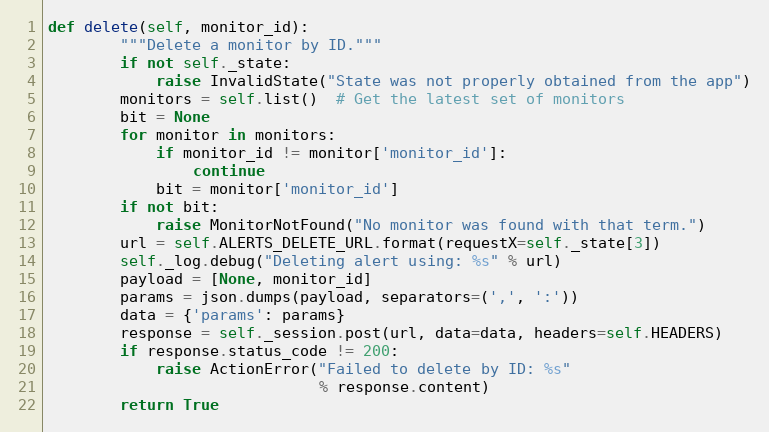
Language: Python
def delete(self, monitor_id):
        """Delete a monitor by ID."""
        if not self._state:
            raise InvalidState("State was not properly obtained from the app")
        monitors = self.list()  # Get the latest set of monitors
        bit = None
        for monitor in monitors:
            if monitor_id != monitor['monitor_id']:
                continue
            bit = monitor['monitor_id']
        if not bit:
            raise MonitorNotFound("No monitor was found with that term.")
        url = self.ALERTS_DELETE_URL.format(requestX=self._state[3])
        self._log.debug("Deleting alert using: %s" % url)
        payload = [None, monitor_id]
        params = json.dumps(payload, separators=(',', ':'))
        data = {'params': params}
        response = self._session.post(url, data=data, headers=self.HEADERS)
        if response.status_code != 200:
            raise ActionError("Failed to delete by ID: %s"
                              % response.content)
        return True